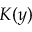
K ( y )